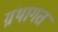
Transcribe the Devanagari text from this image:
ग्रंथागत